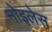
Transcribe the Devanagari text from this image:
नोइलेस